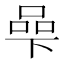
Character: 𱍠